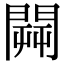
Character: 𨵑